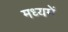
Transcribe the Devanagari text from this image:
मध्‍यमें